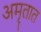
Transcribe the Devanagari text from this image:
अमृतात